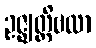
ဥဇ္ဈတ္တိဗလာ